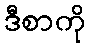
ဒီစာကို